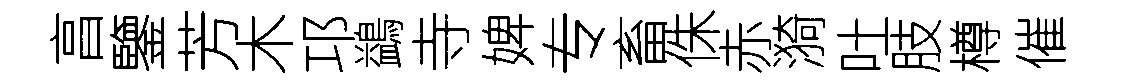
亯鑒芳木邛鷁寺婢专畜侏赤漪吐肢樽催